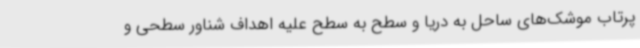
پرتاب موشک‌های ساحل به دریا و سطح به سطح علیه اهداف شناور سطحی و